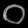
Digit: ၀